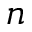
n